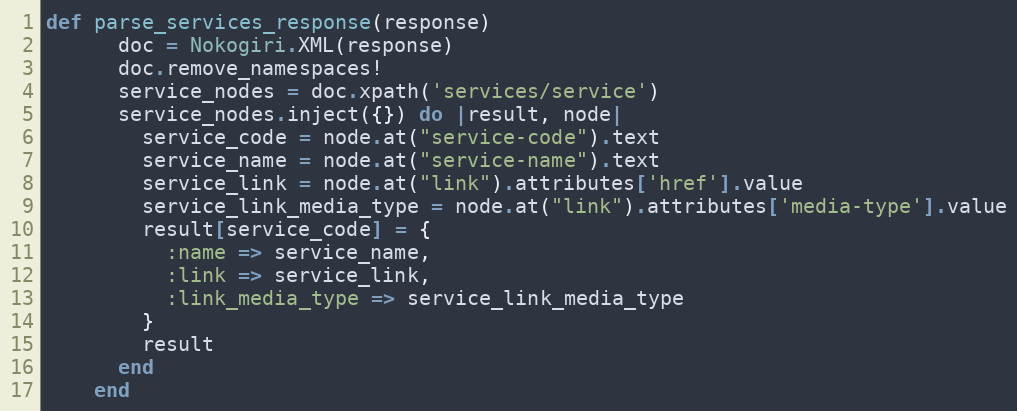
Language: Ruby
def parse_services_response(response)
      doc = Nokogiri.XML(response)
      doc.remove_namespaces!
      service_nodes = doc.xpath('services/service')
      service_nodes.inject({}) do |result, node|
        service_code = node.at("service-code").text
        service_name = node.at("service-name").text
        service_link = node.at("link").attributes['href'].value
        service_link_media_type = node.at("link").attributes['media-type'].value
        result[service_code] = {
          :name => service_name,
          :link => service_link,
          :link_media_type => service_link_media_type
        }
        result
      end
    end